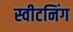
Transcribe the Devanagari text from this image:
स्वीटनिंग